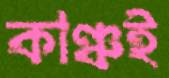
কাঞ্চই